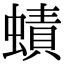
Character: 𧐐